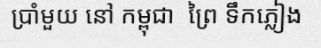
ប្រាំមួយ នៅ កម្ពុជា  ព្រៃ ទឹកភ្លៀង